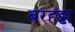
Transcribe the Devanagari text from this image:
बरहट्टा